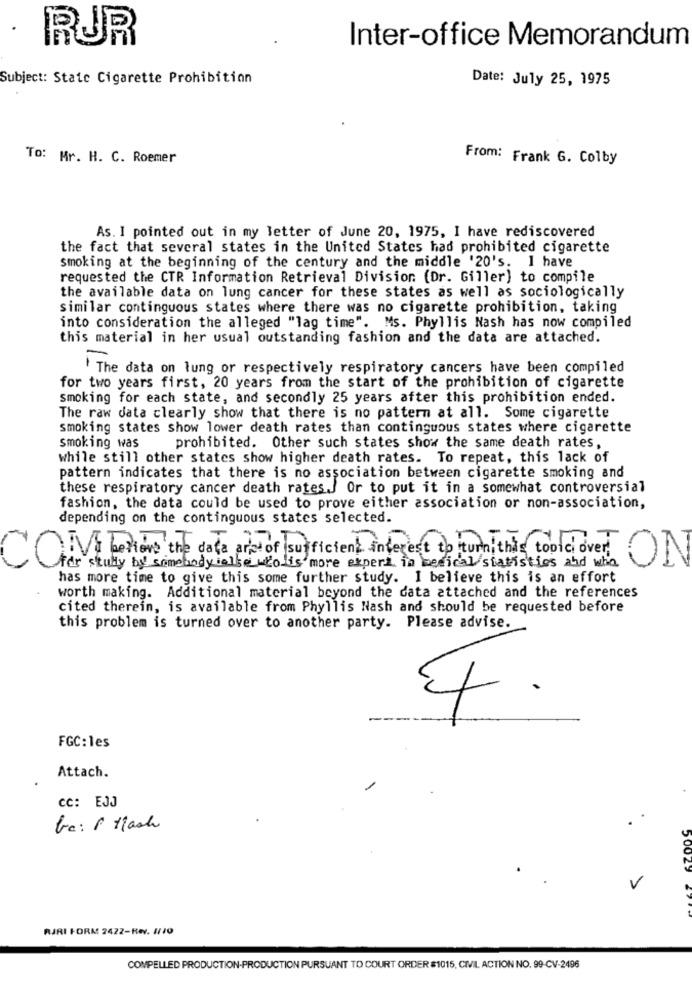
RUR
Inter-office Memorandum
Subject: State Cigarette Prohibition
Date: July 25, 1975
To: Mr. H. C. Roemer
From: Frank G. Colby
As. I pointed out in my letter of June 20, 1975, I have rediscovered
the fact that several states in the United States had prohibited cigarette
smoking at the beginning of the century and the middle '20's. I have
requested the CTR Information Retrieval Division (Dr. Giller) to compile
the available data on lung cancer for these states as well as sociologically
similar continguous states where there was no cigarette prohibition, taking
into consideration the alleged "lag time". Ms. Phyllis Nash has now compiled
this material in her usual outstanding fashion and the data are attached.
The data on lung or respectively respiratory cancers have been compiled
for two years first, 20 years from the start of the prohibition of cigarette
smoking for each state, and secondly 25 years after this prohibition ended.
The raw data clearly show that there is no pattern at all. Some cigarette
smoking states show lower death rates than continguous states where cigarette
smoking was
prohibited. Other such states show the same death rates,
while still other states show higher death rates. To repeat, this lack of
pattern indicates that there is no association between cigarette smoking and
these respiratory cancer death rates./ Or to put it in a somewhat controversial
fashion, the data could be used to prove either association or non-association,
depending on the continguous states selected.
fisufficient interest to turn this topic ov
VLettore the data are of sus
ON
C
for stully by somebody else wholis more experi in medical statistics and who
has more time to give this some further study. I believe this is an effort
worth making. Additional material beyond the data attached and the references
cited therein, is available from Phyllis Nash and should be requested before
this problem is turned over to another party. Please advise.
4.
FGC:les
Attach.
CC: EJJ
be: 1 flash
50023
V
RJRI FORM 2422-Re. 1/10
COMPELLED PRODUCTION-PRODUCTION PURSUANT TO COURT ORDER #1015, CIVIL ACTION NO. 99-CV-2496